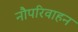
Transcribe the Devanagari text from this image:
नौपरिवाहन